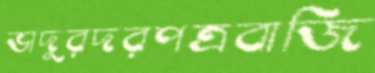
ভাদুরদরপত্রবাজি